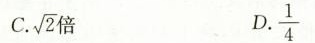
C.\sqrt{2}倍 D.\frac{1}{4}